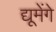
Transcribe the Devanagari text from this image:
द्यूमेंगे